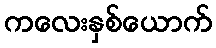
ကလေးနှစ်ယောက်